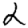
Digit: 2